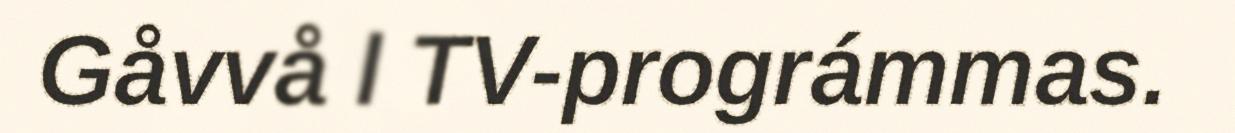
Gåvvå l TV-prográmmas.